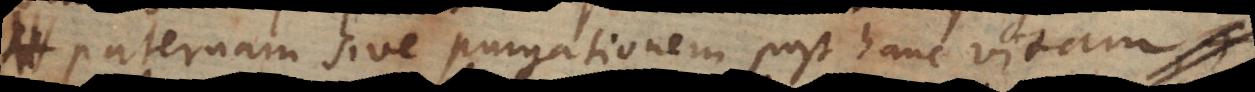
paternam sive purgationem post hanc vitam,